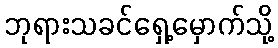
ဘုရားသခင်ရှေ့မှောက်သို့